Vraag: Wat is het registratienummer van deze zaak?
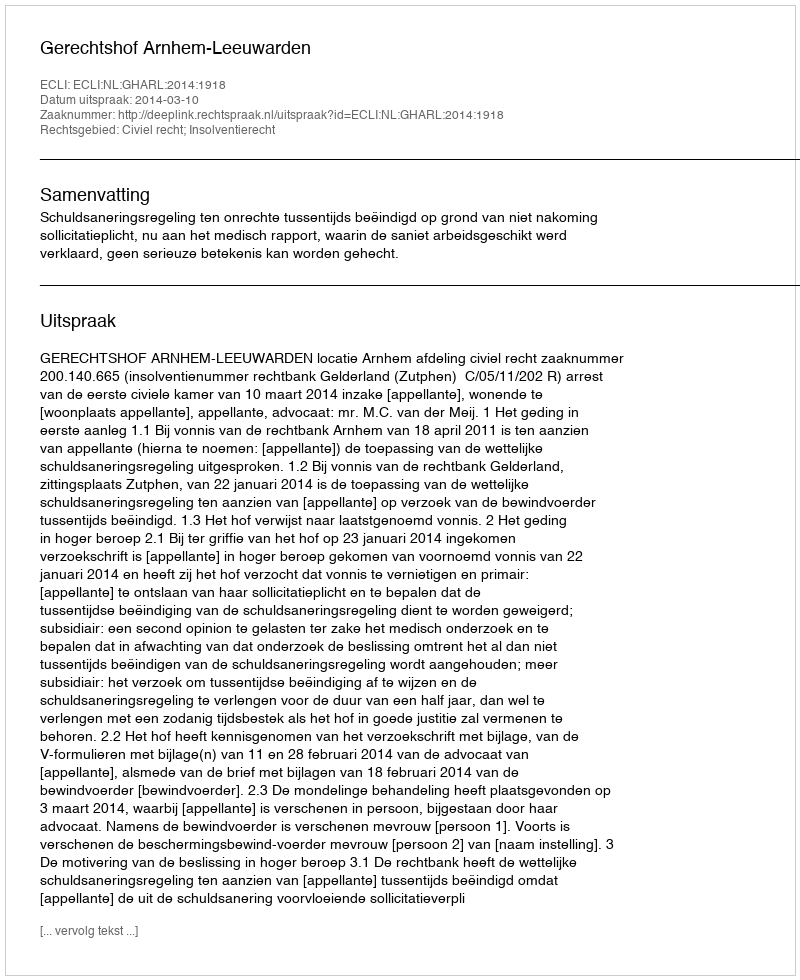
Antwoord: http://deeplink.rechtspraak.nl/uitspraak?id=ECLI:NL:GHARL:2014:1918